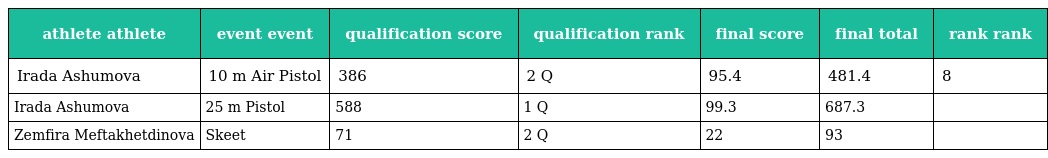
| athlete athlete | event event | qualification score | qualification rank | final score | final total | rank rank |
 | --- | --- | --- | --- | --- | --- | --- |
 | Irada Ashumova | 10 m Air Pistol | 386 | 2 Q | 95.4 | 481.4 | 8 |
 | Irada Ashumova | 25 m Pistol | 588 | 1 Q | 99.3 | 687.3 |  |
 | Zemfira Meftakhetdinova | Skeet | 71 | 2 Q | 22 | 93 |  |